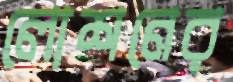
লোশনের